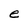
Character: e